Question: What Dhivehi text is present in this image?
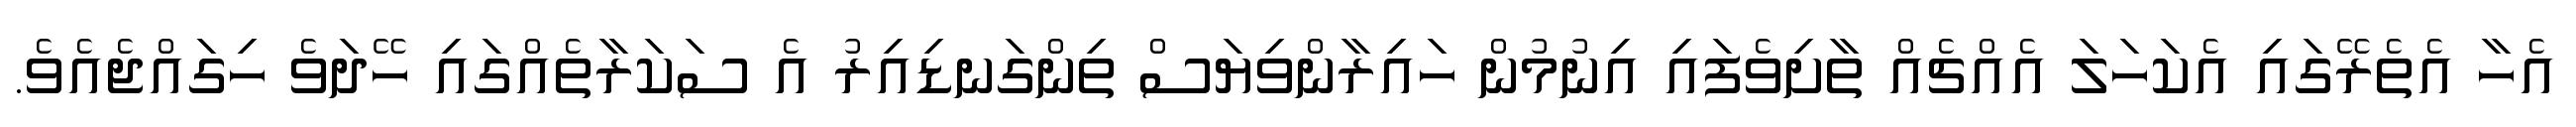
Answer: އެހާ އެތެރޭގައި އެކަހަލަ އެއްޗެއް ތާށިވެފައި އިނުމުން ހައިރާންވިޔަސް ތިންގަނޑިއިރު އެ ސަކަރާތެއްގައި ހޭދަވެ ހިގައްޖެއެވެ.